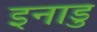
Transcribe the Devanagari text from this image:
इनाडु